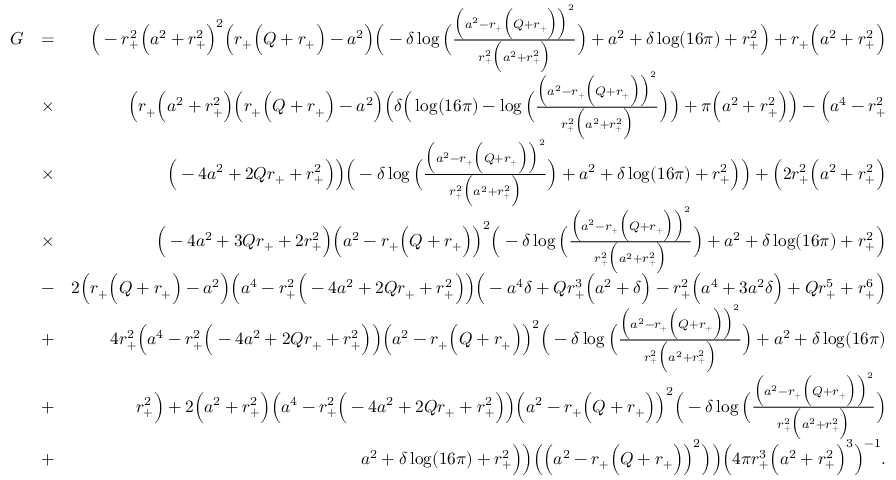
\begin{array} { r l r } { G } & { = } & { \Big ( - r _ { + } ^ { 2 } \Big ( a ^ { 2 } + r _ { + } ^ { 2 } \Big ) ^ { 2 } \Big ( r _ { + } \Big ( Q + r _ { + } \Big ) - a ^ { 2 } \Big ) \Big ( - \delta \log \Big ( \frac { \Big ( a ^ { 2 } - r _ { + } \Big ( Q + r _ { + } \Big ) \Big ) ^ { 2 } } { r _ { + } ^ { 2 } \Big ( a ^ { 2 } + r _ { + } ^ { 2 } \Big ) } \Big ) + a ^ { 2 } + \delta \log ( 1 6 \pi ) + r _ { + } ^ { 2 } \Big ) + r _ { + } \Big ( a ^ { 2 } + r _ { + } ^ { 2 } \Big ) } \\ & { \times } & { \Big ( r _ { + } \Big ( a ^ { 2 } + r _ { + } ^ { 2 } \Big ) \Big ( r _ { + } \Big ( Q + r _ { + } \Big ) - a ^ { 2 } \Big ) \Big ( \delta \Big ( \log ( 1 6 \pi ) - \log \Big ( \frac { \Big ( a ^ { 2 } - r _ { + } \Big ( Q + r _ { + } \Big ) \Big ) ^ { 2 } } { r _ { + } ^ { 2 } \Big ( a ^ { 2 } + r _ { + } ^ { 2 } \Big ) } \Big ) \Big ) + \pi \Big ( a ^ { 2 } + r _ { + } ^ { 2 } \Big ) \Big ) - \Big ( a ^ { 4 } - r _ { + } ^ { 2 } } \\ & { \times } & { \Big ( - 4 a ^ { 2 } + 2 Q r _ { + } + r _ { + } ^ { 2 } \Big ) \Big ) \Big ( - \delta \log \Big ( \frac { \Big ( a ^ { 2 } - r _ { + } \Big ( Q + r _ { + } \Big ) \Big ) ^ { 2 } } { r _ { + } ^ { 2 } \Big ( a ^ { 2 } + r _ { + } ^ { 2 } \Big ) } \Big ) + a ^ { 2 } + \delta \log ( 1 6 \pi ) + r _ { + } ^ { 2 } \Big ) \Big ) + \Big ( 2 r _ { + } ^ { 2 } \Big ( a ^ { 2 } + r _ { + } ^ { 2 } \Big ) } \\ & { \times } & { \Big ( - 4 a ^ { 2 } + 3 Q r _ { + } + 2 r _ { + } ^ { 2 } \Big ) \Big ( a ^ { 2 } - r _ { + } \Big ( Q + r _ { + } \Big ) \Big ) ^ { 2 } \Big ( - \delta \log \Big ( \frac { \Big ( a ^ { 2 } - r _ { + } \Big ( Q + r _ { + } \Big ) \Big ) ^ { 2 } } { r _ { + } ^ { 2 } \Big ( a ^ { 2 } + r _ { + } ^ { 2 } \Big ) } \Big ) + a ^ { 2 } + \delta \log ( 1 6 \pi ) + r _ { + } ^ { 2 } \Big ) } \\ & { - } & { 2 \Big ( r _ { + } \Big ( Q + r _ { + } \Big ) - a ^ { 2 } \Big ) \Big ( a ^ { 4 } - r _ { + } ^ { 2 } \Big ( - 4 a ^ { 2 } + 2 Q r _ { + } + r _ { + } ^ { 2 } \Big ) \Big ) \Big ( - a ^ { 4 } \delta + Q r _ { + } ^ { 3 } \Big ( a ^ { 2 } + \delta \Big ) - r _ { + } ^ { 2 } \Big ( a ^ { 4 } + 3 a ^ { 2 } \delta \Big ) + Q r _ { + } ^ { 5 } + r _ { + } ^ { 6 } \Big ) } \\ & { + } & { 4 r _ { + } ^ { 2 } \Big ( a ^ { 4 } - r _ { + } ^ { 2 } \Big ( - 4 a ^ { 2 } + 2 Q r _ { + } + r _ { + } ^ { 2 } \Big ) \Big ) \Big ( a ^ { 2 } - r _ { + } \Big ( Q + r _ { + } \Big ) \Big ) ^ { 2 } \Big ( - \delta \log \Big ( \frac { \Big ( a ^ { 2 } - r _ { + } \Big ( Q + r _ { + } \Big ) \Big ) ^ { 2 } } { r _ { + } ^ { 2 } \Big ( a ^ { 2 } + r _ { + } ^ { 2 } \Big ) } \Big ) + a ^ { 2 } + \delta \log ( 1 6 \pi ) } \\ & { + } & { r _ { + } ^ { 2 } \Big ) + 2 \Big ( a ^ { 2 } + r _ { + } ^ { 2 } \Big ) \Big ( a ^ { 4 } - r _ { + } ^ { 2 } \Big ( - 4 a ^ { 2 } + 2 Q r _ { + } + r _ { + } ^ { 2 } \Big ) \Big ) \Big ( a ^ { 2 } - r _ { + } \Big ( Q + r _ { + } \Big ) \Big ) ^ { 2 } \Big ( - \delta \log \Big ( \frac { \Big ( a ^ { 2 } - r _ { + } \Big ( Q + r _ { + } \Big ) \Big ) ^ { 2 } } { r _ { + } ^ { 2 } \Big ( a ^ { 2 } + r _ { + } ^ { 2 } \Big ) } \Big ) } \\ & { + } & { a ^ { 2 } + \delta \log ( 1 6 \pi ) + r _ { + } ^ { 2 } \Big ) \Big ) \Big ( \Big ( a ^ { 2 } - r _ { + } \Big ( Q + r _ { + } \Big ) \Big ) ^ { 2 } \Big ) \Big ) \Big ( 4 \pi r _ { + } ^ { 3 } \Big ( a ^ { 2 } + r _ { + } ^ { 2 } \Big ) ^ { 3 } \Big ) ^ { - 1 } . } \end{array}